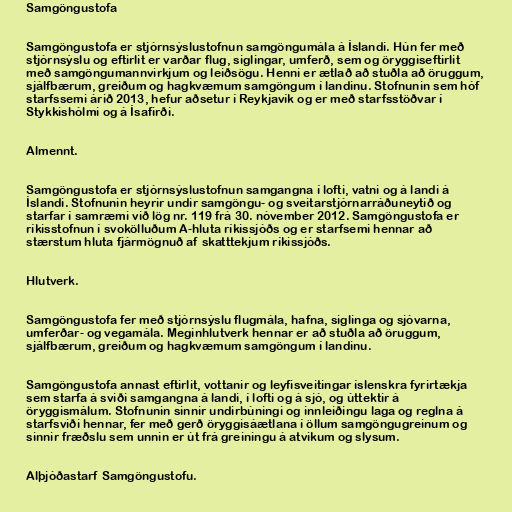
Samgöngustofa

Samgöngustofa er stjórnsýslustofnun samgöngumála á Íslandi. Hún fer með
stjórnsýslu og eftirlit er varðar flug, siglingar, umferð, sem og öryggiseftirlit
með samgöngumannvirkjum og leiðsögu. Henni er ætlað að stuðla að öruggum,
sjálfbærum, greiðum og hagkvæmum samgöngum í landinu. Stofnunin sem hóf
starfssemi árið 2013, hefur aðsetur í Reykjavík og er með starfsstöðvar í
Stykkishólmi og á Ísafirði.

Almennt.

Samgöngustofa er stjórnsýslustofnun samgangna í lofti, vatni og á landi á
Íslandi. Stofnunin heyrir undir samgöngu- og sveitarstjórnarráðuneytið og
starfar í samræmi við lög nr. 119 frá 30. nóvember 2012. Samgöngustofa er
ríkisstofnun í svokölluðum A-hluta ríkissjóðs og er starfsemi hennar að
stærstum hluta fjármögnuð af skatttekjum ríkissjóðs.

Hlutverk.

Samgöngustofa fer með stjórnsýslu flugmála, hafna, siglinga og sjóvarna,
umferðar- og vegamála. Meginhlutverk hennar er að stuðla að öruggum,
sjálfbærum, greiðum og hagkvæmum samgöngum í landinu.

Samgöngustofa annast eftirlit, vottanir og leyfisveitingar íslenskra fyrirtækja
sem starfa á sviði samgangna á landi, í lofti og á sjó, og úttektir á
öryggismálum. Stofnunin sinnir undirbúningi og innleiðingu laga og reglna á
starfsviði hennar, fer með gerð öryggisáætlana í öllum samgöngugreinum og
sinnir fræðslu sem unnin er út frá greiningu á atvikum og slysum.

Alþjóðastarf Samgöngustofu.